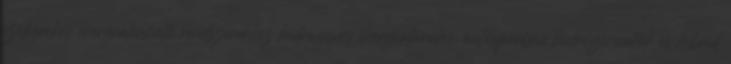
szélkerekes energiatermelő rendszerekhez hidrogénes energiatárolás, autóiparban hidrogénautók és hibrid